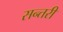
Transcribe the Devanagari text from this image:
सन्तरी